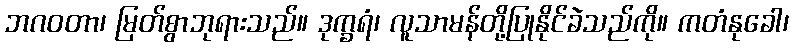
ဘဂဝတာ၊ မြတ်စွာဘုရားသည်။ ဒုက္ခရံ၊ လူသာမန်တို့ပြုနိုင်ခဲသည်ကို။ ကတံနုခေါ၊